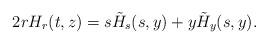
LaTeX: \begin{align*}2r H_r(t,z) = s \tilde H_s(s,y)+ y \tilde H_y(s,y).\end{align*}